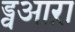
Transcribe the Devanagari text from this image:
ड्वआऱा